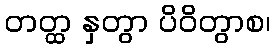
တတ္ထ နှတွာ ပိဝိတွာစ၊